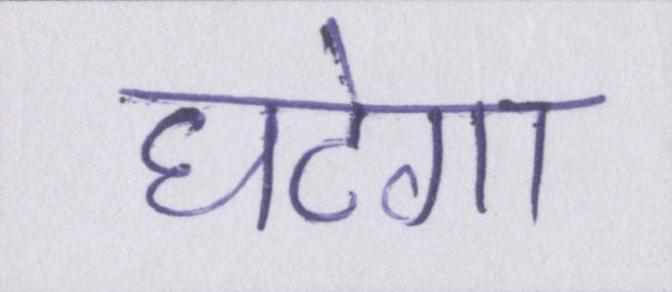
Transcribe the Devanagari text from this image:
घटेगा